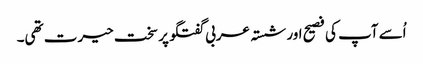
اُسے آپ کی فصیح اور شستہ عربی گفتگو پر سخت حیرت تھی۔